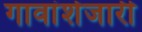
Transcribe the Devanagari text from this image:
गावांशेजारी